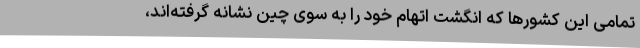
تمامی این کشورها که انگشت اتهام خود را به سوی چین نشانه گرفته‌اند،